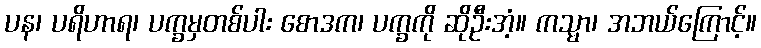
ပန၊ ပရိဟာရ၊ ပက္ခမှတစ်ပါး စောဒက၊ ပက္ခကို ဆိုဦးအံ့။ ကသ္မာ၊ အဘယ်ကြောင့်။